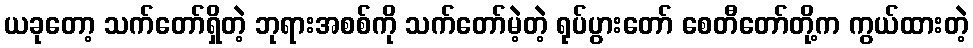
ယခုတော့ သက်တော်ရှိတဲ့ ဘုရားအစစ်ကို သက်တော်မဲ့တဲ့ ရုပ်ပွားတော် စေတီတော်တို့က ကွယ်ထားတဲ့